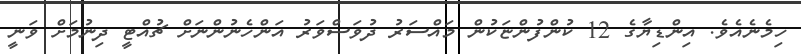
ހިމެނެއެވެ. އިންޑިޔާގެ 12 ކުންފުންޏަކުން މައްސަރު ދުވަސްވަރު އަންހެނުންނަށް ޗުއްޓީ ދިނުމަށް ވަނީ